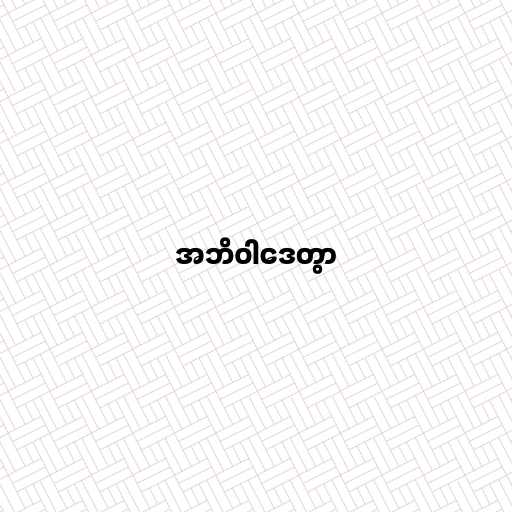
အဘိဝါဒေတွာ